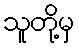
သူတို့မှ